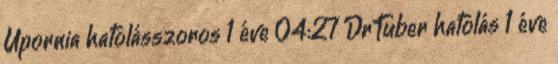
Upornia hatolásszoros 1 éve 04:27 DrTuber hatolás 1 éve